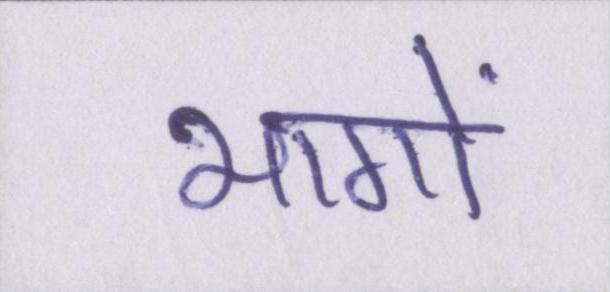
भागों